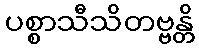
ပစ္စာသီသိတဗ္ဗန္တိ